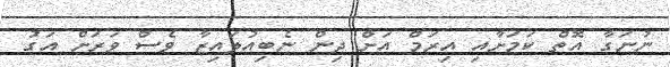
ނުނަގާ އޮތް ކަމަށާއި އިރަމް އަށް ދިން ނެބިއުލައިޒާ ވެސް ވަރަށް އަގު